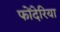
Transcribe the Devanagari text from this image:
फोंदेरिया